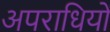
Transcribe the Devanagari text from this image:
अपराधियों